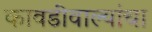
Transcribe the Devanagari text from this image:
कावडीवाल्यांचा